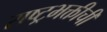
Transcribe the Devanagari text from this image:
राष्ट्रभक्तीची